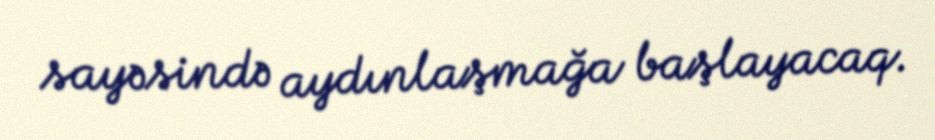
sayəsində aydınlaşmağa başlayacaq.